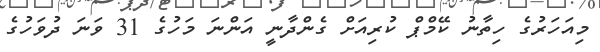
މިއަހަރުގެ ހިތާނު ކޭމްޕް ކުރިއަށް ގެންދާނީ އަންނަ މަހުގެ 31 ވަނަ ދުވަހުގެ